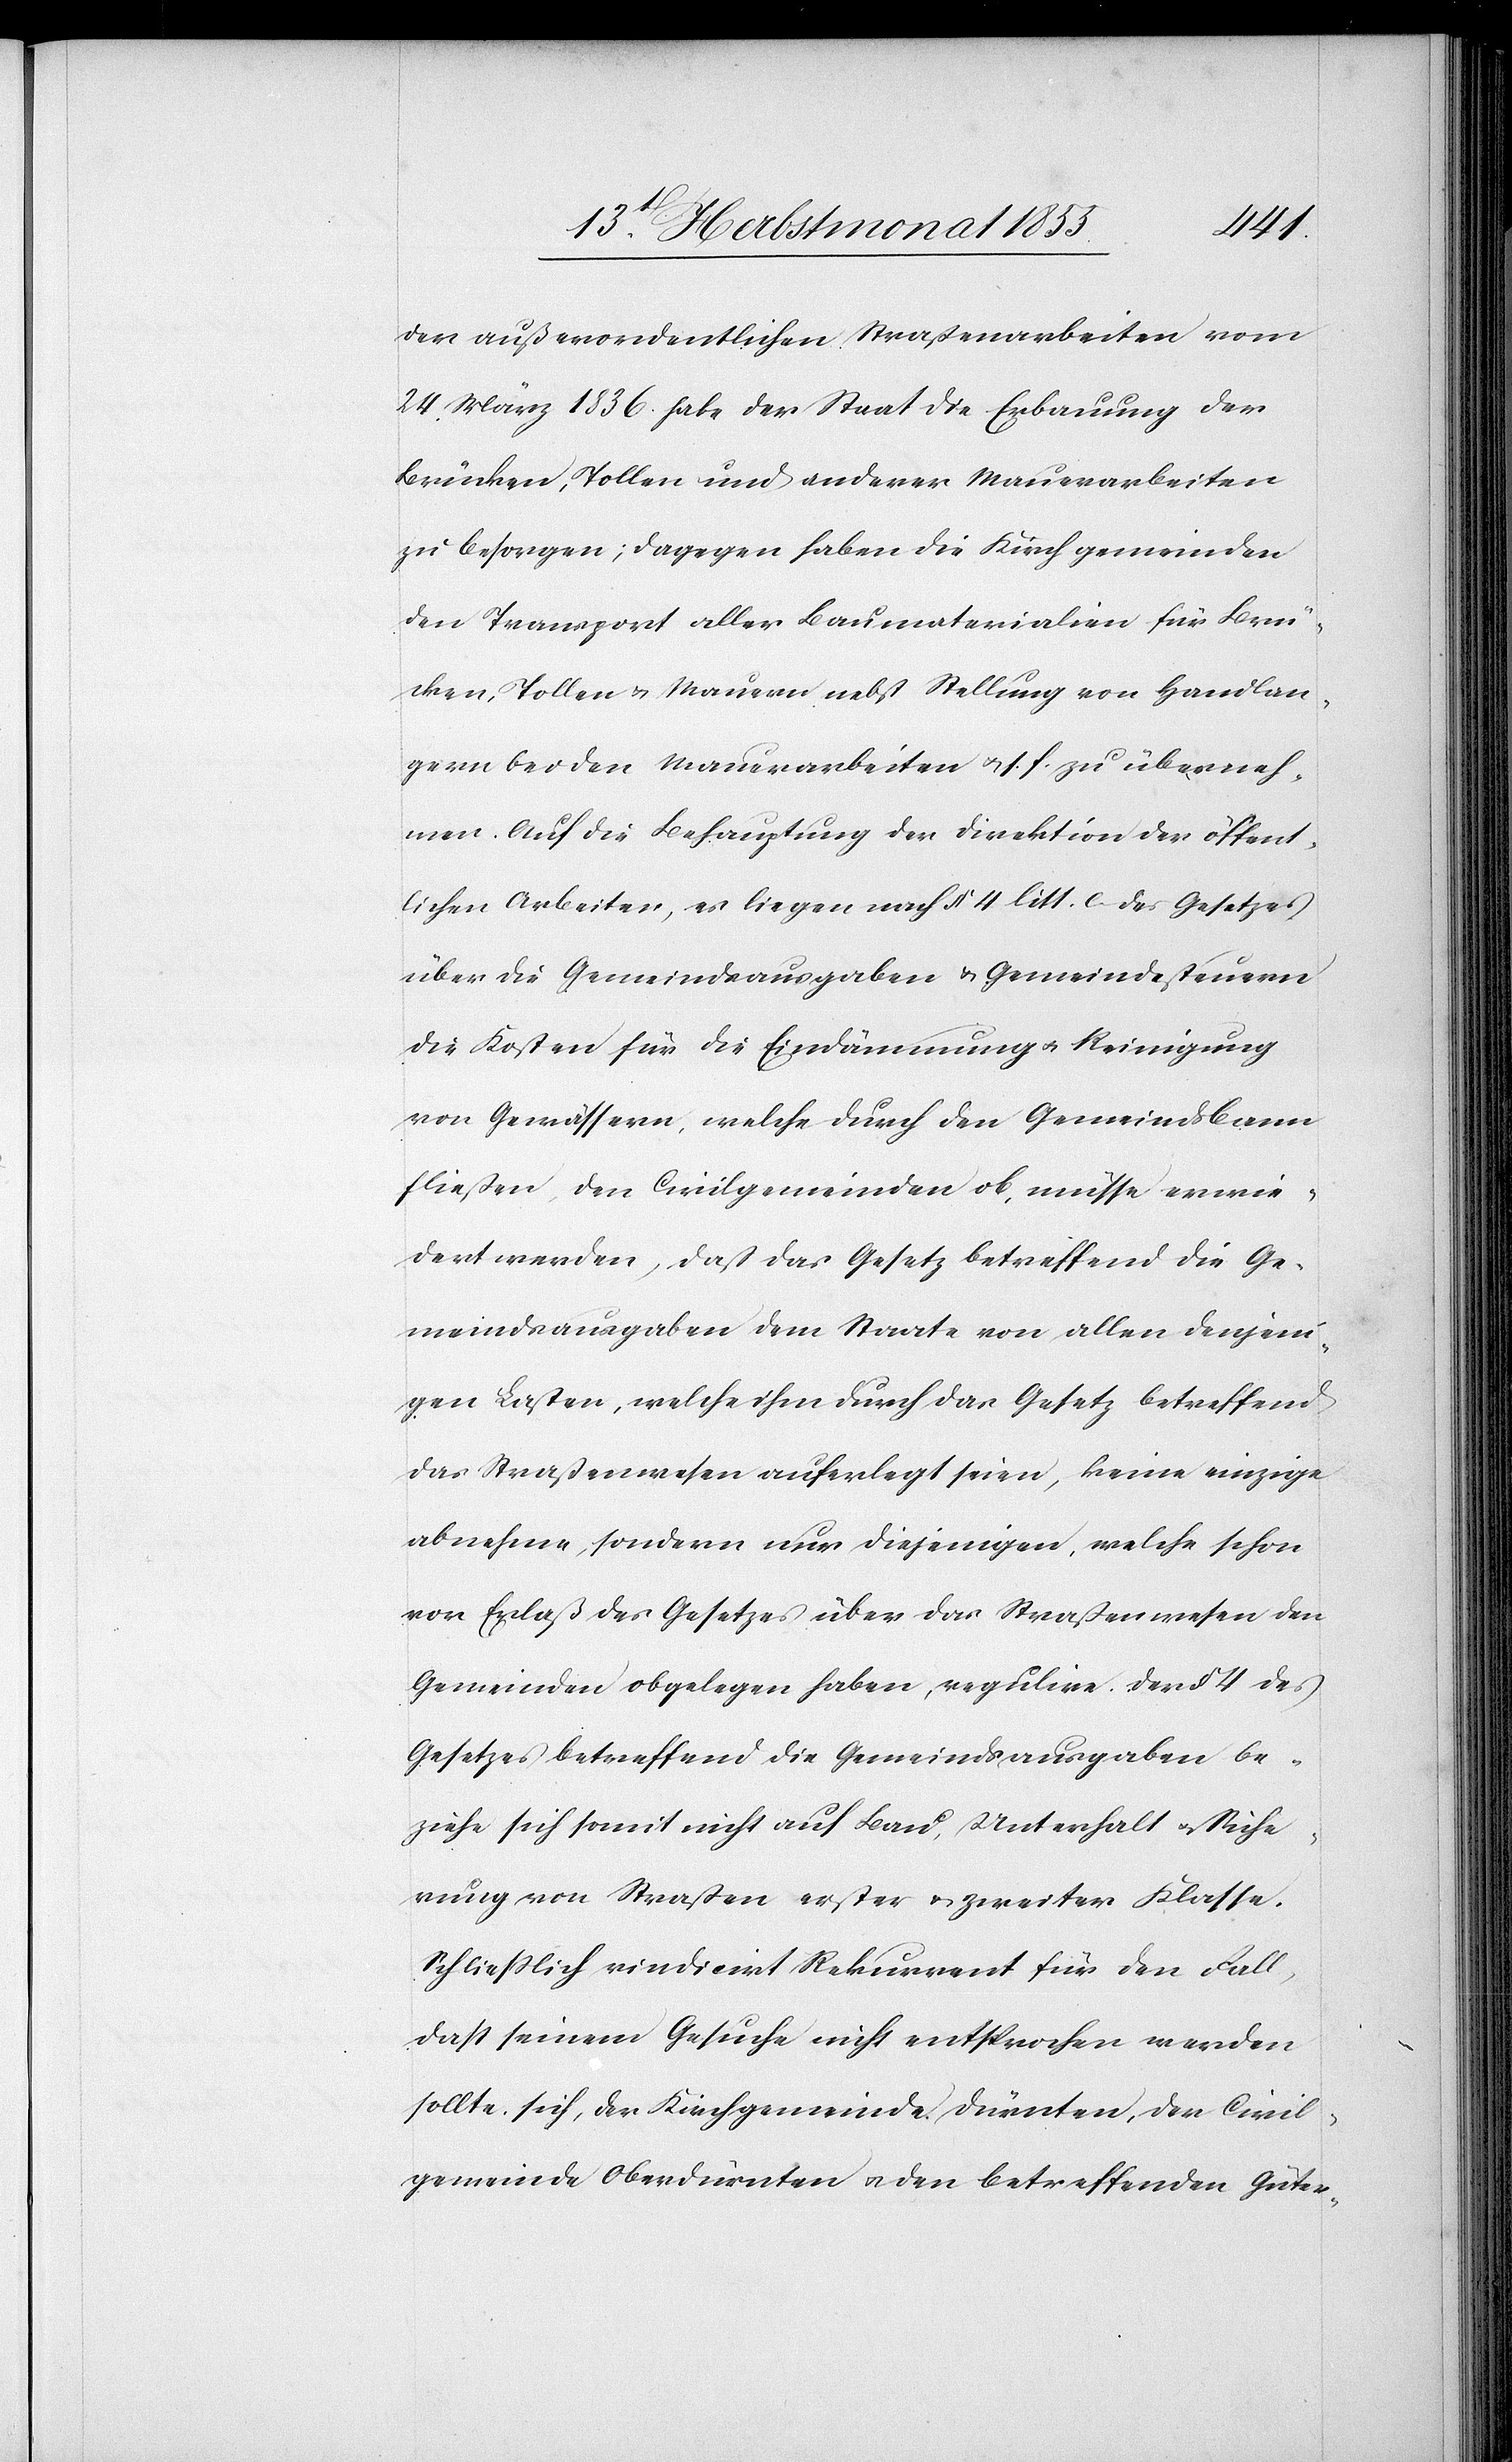
der außerordentlichen Straßenarbeiten vom
24 März 1836. habe der Staat die Erbauung der
Brücken, Tollen und anderer Mauerarbeiten
zu besorgen; dagegen haben die Kirchgemeinden
den Transport aller Baumaterialien für Brü¬
cken, Tollen & Mauern nebst Stellung von Handlan¬
gern bei den Mauerarbeiten & s. f. zu überneh¬
men. Auf die Behauptung der Direktion der öffent¬
lichen Arbeiten, es liegen nach § 4 litt. [?e.] des Gesetzes
über die Gemeindsausgaben & Gemeindesteuern
die Kosten für die Eindämmung & Reinigung
von Gewässern, welche durch den Gemeindsbann
fließen, den Civilgemeinden ob, müsse erwie¬
dert werden, daß das Gesetz betreffend die Ge¬
meindsausgaben dem Staate von allen denjeni¬
gen Lasten, welche ihm durch das Gesetz betreffend
das Straßenwesen auferlegt seien, keine einzige
abnehme, sondern nur diejenigen, welche schon
vor Erlaß des Gesetzes über das Straßenwesen den
Gemeinden obgelegen haben, regulire. Der § 4 des
Gesetzes betreffend die Gemeindsausgaben be¬
ziehe sich somit nicht auf Bau, Unterhalt & Siche¬
rung von Straßen erster & zweiter Klasse.
Schliesslich vindicirt Rekurrent für den Fall,
dass seinem Gesuche nicht entsprochen werden
sollte sich, der Kirchgemeinde Dürnten, der Civil¬
gemeinde Oberdürnten & den betreffenden Güter-